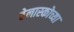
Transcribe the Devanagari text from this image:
वेलास्कोच्या